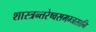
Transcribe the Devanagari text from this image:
शास्त्रन्तरेष्वसमम्जसानि